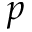
p